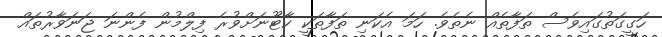
ހަގީގަތުގައިވެސް ތަފާތެއް ނެތެވެ. ހަމަ އެކަނި ތަފާތަކީ ކާޓޫނަށްވުރެ ފިލްމުން ފެންނަ ޖަނަވާރުތައް